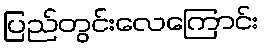
ပြည်တွင်းလေကြောင်း